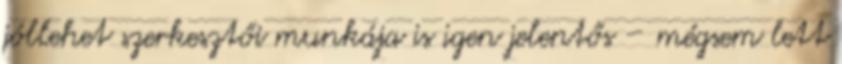
jóllehet szerkesztői munkája is igen jelentős – mégsem lett